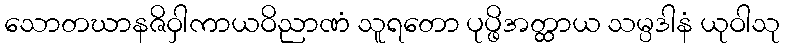
သောတဃာနဇိဝှါကာယဝိညာဏံ သူရတော ပုပ္ဖိအတ္ထာယ သမ္ပဒါနံ ယုဝါသု